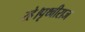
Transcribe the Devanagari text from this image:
रहे।पृथ्वीराज